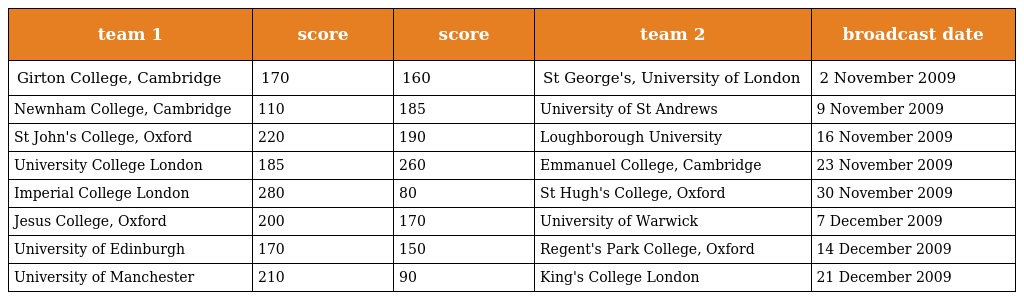
| team 1 | score | score | team 2 | broadcast date |
 | --- | --- | --- | --- | --- |
 | Girton College, Cambridge | 170 | 160 | St George's, University of London | 2 November 2009 |
 | Newnham College, Cambridge | 110 | 185 | University of St Andrews | 9 November 2009 |
 | St John's College, Oxford | 220 | 190 | Loughborough University | 16 November 2009 |
 | University College London | 185 | 260 | Emmanuel College, Cambridge | 23 November 2009 |
 | Imperial College London | 280 | 80 | St Hugh's College, Oxford | 30 November 2009 |
 | Jesus College, Oxford | 200 | 170 | University of Warwick | 7 December 2009 |
 | University of Edinburgh | 170 | 150 | Regent's Park College, Oxford | 14 December 2009 |
 | University of Manchester | 210 | 90 | King's College London | 21 December 2009 |